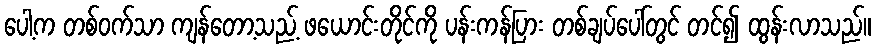
ပေါ့က တစ်ဝက်သာ ကျန်တော့သည့် ဖယောင်းတိုင်ကို ပန်းကန်ပြား တစ်ချပ်ပေါ်တွင် တင်၍ ထွန်းလာသည်။